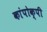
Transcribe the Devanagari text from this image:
कांपोक्पी